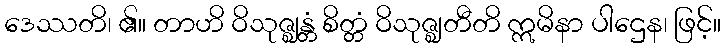
ဒေဿတိ၊ ၏။ တာဟိ ဝိသုဇ္ဈန္တံ စိတ္တံ ဝိသုဇ္ဈတီတိ ဣမိနာ ပါဌေန၊ ဖြင့်။